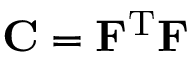
\mathbf { C } = \mathbf { F } ^ { \mathrm { T } } \mathbf { F }